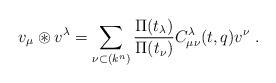
LaTeX: \begin{align*}v_{\mu }\circledast v^{\lambda }=\sum_{\nu \subset (k^{n})}\frac{\Pi(t_\lambda)}{\Pi(t_\nu)}C_{\mu \nu}^{\lambda }(t,q)v^{\nu }\;. \end{align*}